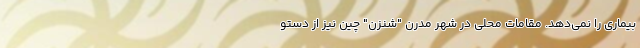
بیماری را نمی‌دهد. مقامات محلی در شهر مدرن "شنزن" چین نیز از دستو